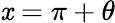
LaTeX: \mathit{x}=\pi+\theta